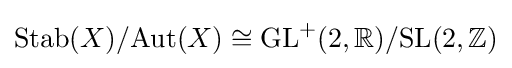
{\text{Stab}}(X)/{\text{Aut}}(X)\cong {\text{GL}}^{+}(2,\mathbb {R} )/{\text{SL}}(2,\mathbb {Z} )